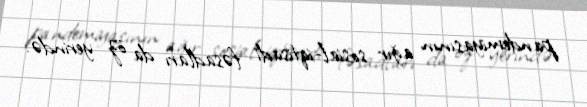
pandemiyasının ağır sosial-iqtisadi fəsadları da öz yerində.